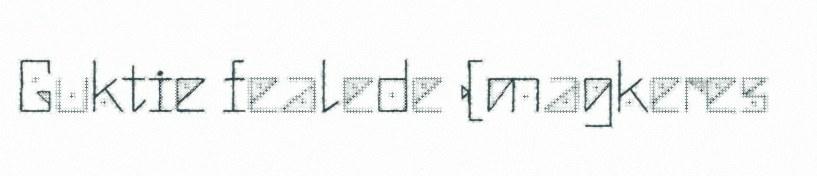
Guktie fealede (magkeres